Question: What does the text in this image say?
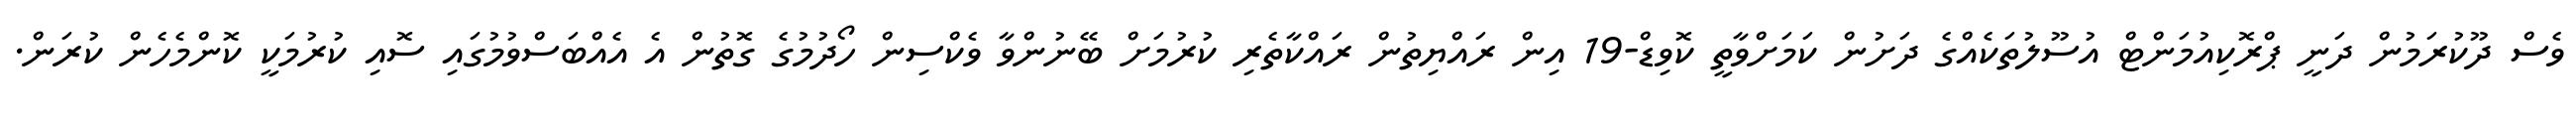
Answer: ވެސް ދޫކުރަމުން ދަނީ ޕްރޮކިއުމަންޓް އުސޫލުތަކެއްގެ ދަށުން ކަމަށްވާތީ ކޮވިޑް-19 އިން ރައްޔިތުން ރައްކާތެރި ކުރުމަށް ބޭނުންވާ ވެކްސިން ހޯދުމުގެ ގޮތުން އެ އެއްބަސްވުމުގައި ސޮއި ކުރުމަކީ ކޮންމެހެން ކުރަން.